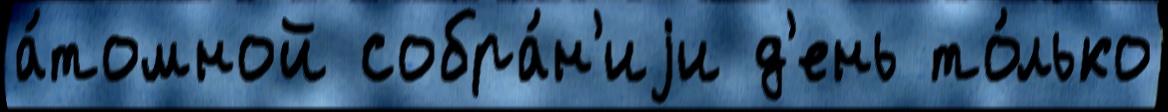
а́томной собра́н'иjи д'ень то́лько